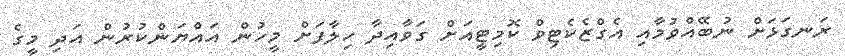
ރަނގަޅަށް ނުބޭއްވުމާއި އެގްޒެކެޓިވް ކޮމިޓީއަށް ގަވާއިދާ ހިލާފަށް މީހުން އައްޔަންކުރުން އަދި މީގެ